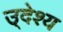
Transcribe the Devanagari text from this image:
उ्देश्य